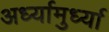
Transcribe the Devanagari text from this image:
अर्ध्यामुर्ध्या